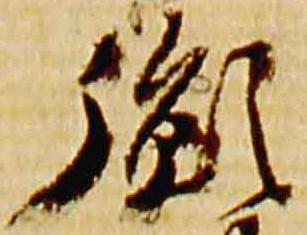
胤